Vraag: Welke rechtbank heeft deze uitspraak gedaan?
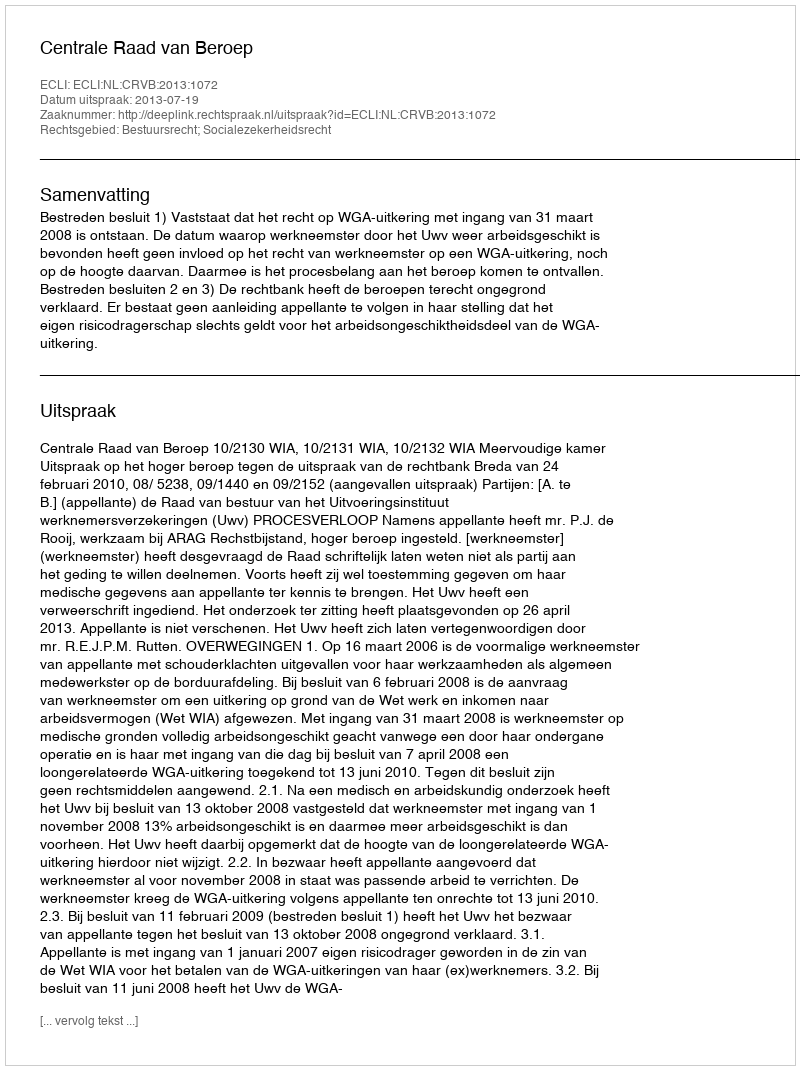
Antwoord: Centrale Raad van Beroep